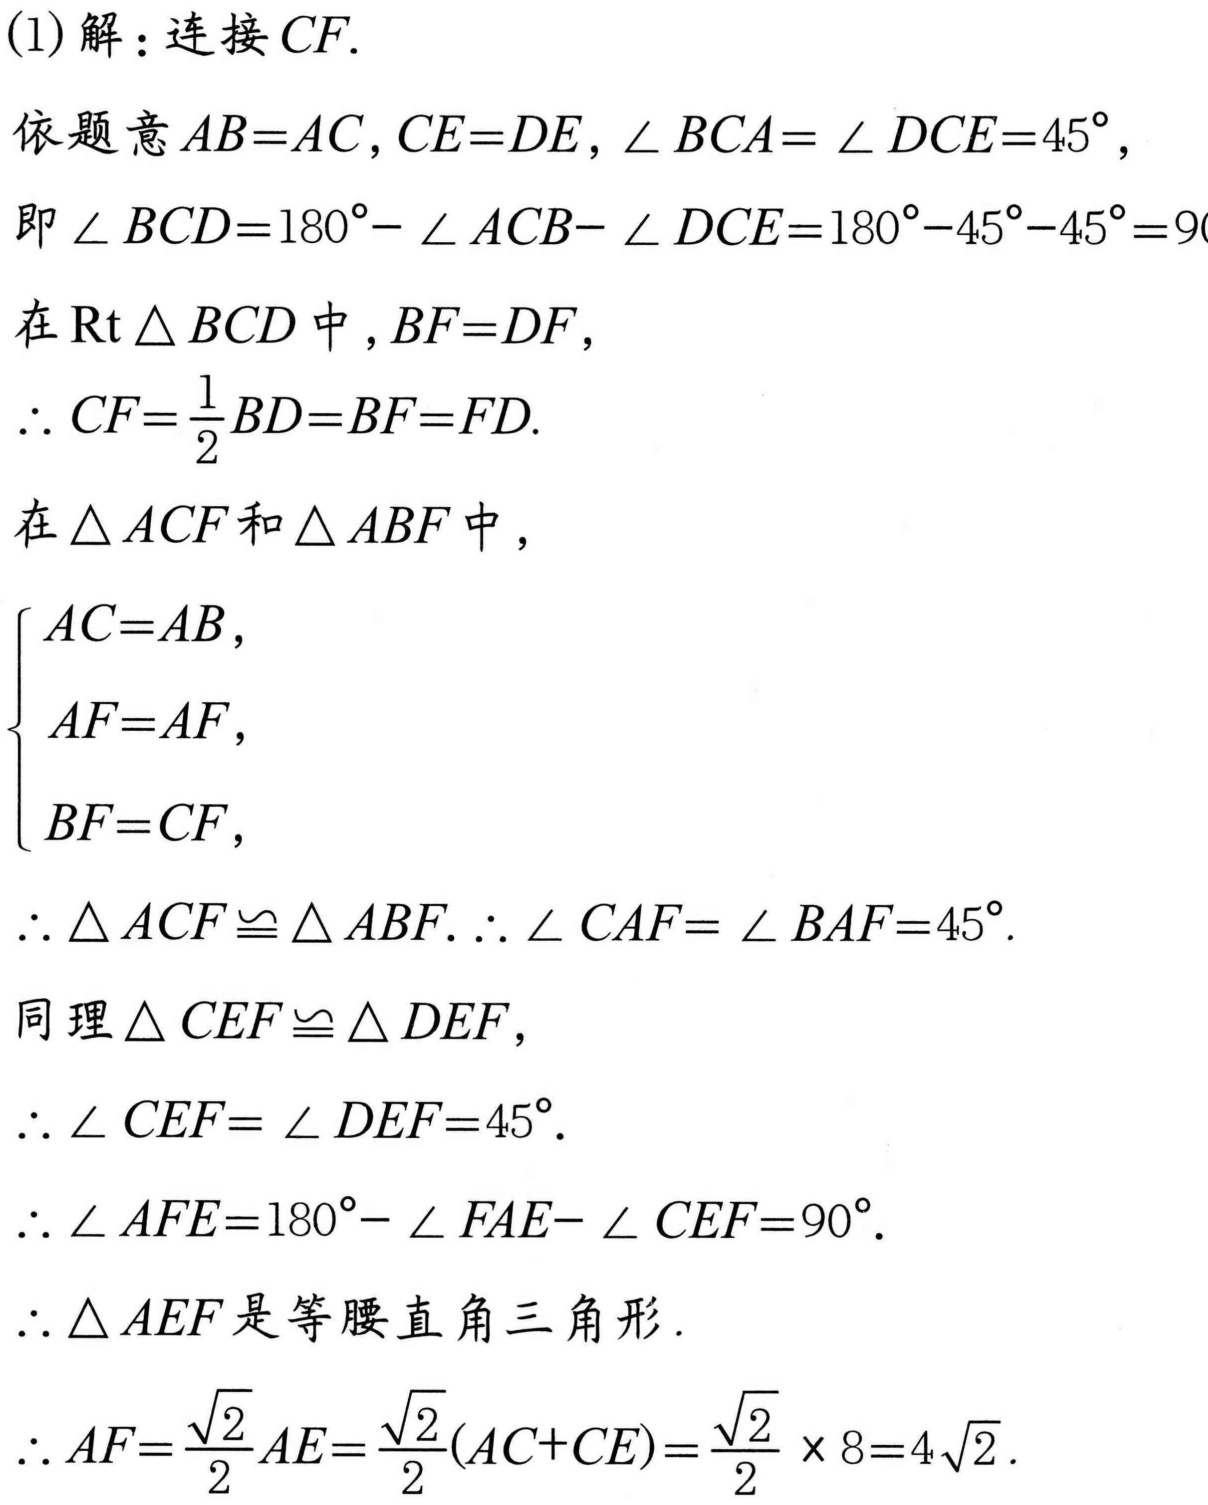
(1)解：连接\(CF\).
依题意\(AB = AC\)，\(CE = DE\)，\(\angle BCA=\angle DCE = 45^{\circ}\)，
即\(\angle BCD=180^{\circ}-\angle ACB - \angle DCE=180^{\circ}-45^{\circ}-45^{\circ}=90^{\circ}\).
在\(\text{Rt}\triangle BCD\)中，\(BF = DF\)，
\(\therefore CF=\frac{1}{2}BD = BF = FD\).
在\(\triangle ACF\)和\(\triangle ABF\)中，
\(\begin{cases}
AC = AB,\\
AF = AF,\\
BF = CF,
\end{cases}\)
\(\therefore \triangle ACF\cong\triangle ABF\). \(\therefore \angle CAF=\angle BAF = 45^{\circ}\).
同理\(\triangle CEF\cong\triangle DEF\)，
\(\therefore \angle CEF=\angle DEF = 45^{\circ}\).
\(\therefore \angle AFE=180^{\circ}-\angle FAE-\angle CEF = 90^{\circ}\).
\(\therefore \triangle AEF\)是等腰直角三角形.
\(\therefore AF=\frac{\sqrt{2}}{2}AE=\frac{\sqrt{2}}{2}(AC + CE)=\frac{\sqrt{2}}{2}\times8 = 4\sqrt{2}\).